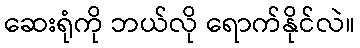
ဆေးရုံကို ဘယ်လို ရောက်နိုင်လဲ။